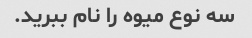
سه نوع میوه را نام ببرید.